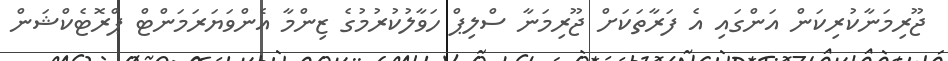
ޖޫރިމަނާކުރިކަން އަންގައި އެ ފަރާތަކަށް ޖޫރިމަނާ ސްލިޕް ހަވާލުކުރުމުގެ ޒިންމާ އެންވަޔަރަމަންޓް ޕްރޮޓެކްޝަން